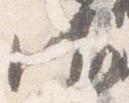
御